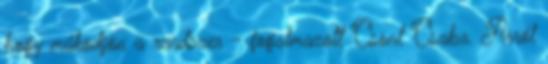
hogy működjön a rendszer - fogalmazott Csont Csaba. Arról